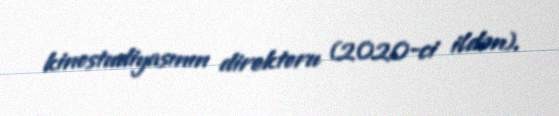
kinostudiyasının direktoru (2020-ci ildən).